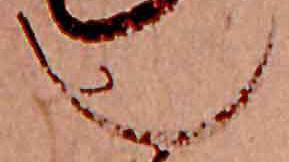
也